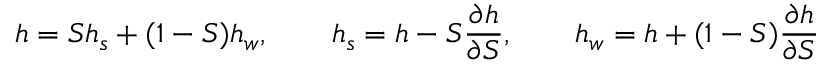
h = S h _ { s } + ( 1 - S ) h _ { w } , \qquad h _ { s } = h - S \frac { \partial h } { \partial S } , \qquad h _ { w } = h + ( 1 - S ) \frac { \partial h } { \partial S }